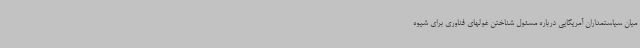
میان سیاستمداران آمریکایی درباره مسئول شناختن غولهای فناوری برای شیوه